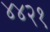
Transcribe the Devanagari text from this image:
४४२१